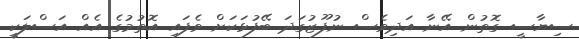
ސިޔާސީ ގޮތުން އޭނާ އަދިވެސް ނުފޫޒުގަދަ ބޭފުޅަކަށް ވެފައި އޮތުމުގެ އެއް އަސްލަކީ